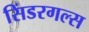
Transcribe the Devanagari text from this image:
सिंडरगल्स